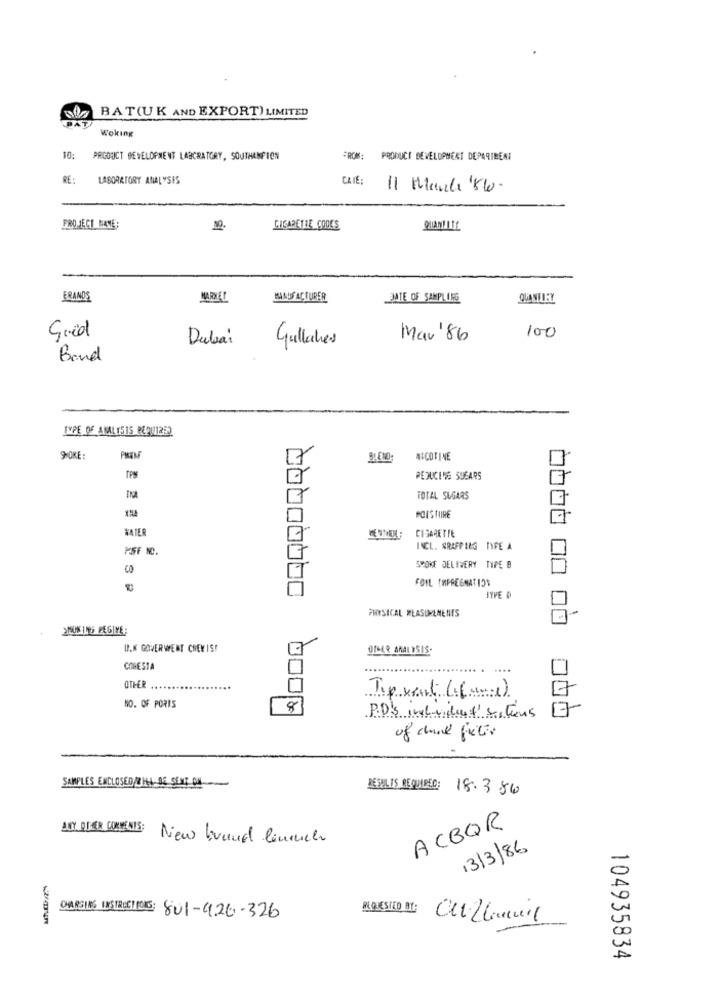
BAT(UK AND EXPORT) LIMITED
PAT
Woking
10:
PRGOUCT DEVELOPMENT LABORATORY, SOUTHAMFION
FROM: PRODUCT DEVELOPMENT DEPARTMENT
RE:
LABORATORY ANALYSES
CAIE:
11 Manche Kw.
PROJECT BANE:
CIGARETTE CODES
ERANDS
MARKET
MANUFACTURER
DATE OF SAMPLING
QUANTLEY
Gred
Dubai
Gullahes
Mar'86
100
Band
TYPE OF ANALYSIS REPU1252
SPOKE :
PRIM
BLEND
NICOTINE
PEDUCING SUGARS
7
TOTAL SUGARS
ACISTIIRE
VATER
CIGARETTE
7
INCL. GRAPPING TYPE A
SMOKE DELIVERY TYPE B
FOIL IMPREGNATION
P
PHYSICAL MEASUREMENTS
SISUMINIS PEGIYE:
WP.K GOVERWENT CHEVIS!
DIGER ANALYSIS-
COGESTA
.... .
....
OTHER
Tip vent (=( und)
NO. OF PORTS
8
P.D's individent' botins
of cod filter
SAMPLES ENCLOSED/WILL BE SENT ONL-
RESULTS REQUIRED:
18.386
ANTY OFFER COMMENTS:
ACBOR
New brand linnich
13/3/86
BLOQUESIED BT:
DARGING INSTRUCTIONS: 801-426-326
104935834